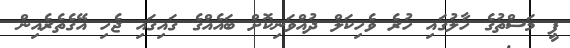
ޕީ މަސްތުގެ ހާލުގައި ހުރެ ވެހިކަލް ދުއްވަނިކޮށް ބައެއްގެ ގައިގައި ޖެހި އޭގެތެރެއިން